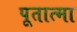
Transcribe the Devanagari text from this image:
पूतात्मा